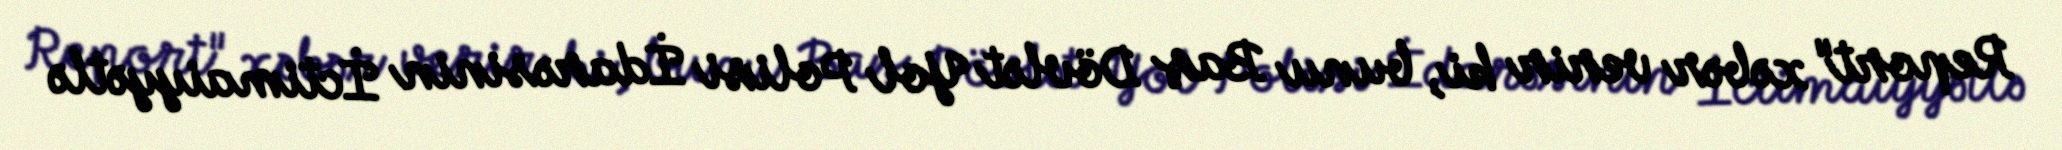
Report" xəbər verir ki, bunu Baş Dövlət Yol Polisi İdarəsinin İctimaiyyətlə